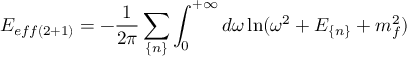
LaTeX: E _ { e f f ( 2 + 1 ) } = - \frac { 1 } { 2 \pi } \sum _ { \{ n \} } \int _ { 0 } ^ { + \infty } d \omega \ln ( \omega ^ { 2 } + E _ { \{ n \} } + m _ { f } ^ { 2 } )